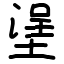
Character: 塣